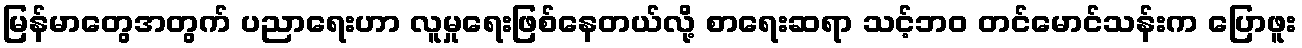
မြန်မာတွေအတွက် ပညာရေးဟာ လူမှုရေးဖြစ်နေတယ်လို့ စာရေးဆရာ သင့်ဘဝ တင်မောင်သန်းက ပြောဖူး